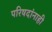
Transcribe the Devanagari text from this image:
परिषदांनाही